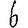
Digit: 6